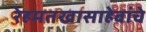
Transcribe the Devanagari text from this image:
रेहमतखासाहेबांचे